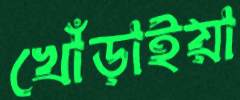
খোঁড়াইয়া